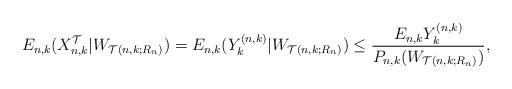
LaTeX: \begin{align*}E_{n,k}(X_{n,k}^{\mathcal{T}}|W_{\mathcal{T}(n,k;R_n)})=E_{n,k}(Y^{(n,k)}_k|W_{\mathcal{T}(n,k;R_n)})\le\frac{E_{n,k}Y^{(n,k)}_k}{P_{n,k}(W_{\mathcal{T}(n,k;R_n)})},\end{align*}